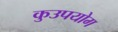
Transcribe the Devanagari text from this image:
कुउपयोग